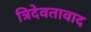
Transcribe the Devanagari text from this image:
त्रिदेवतावाद